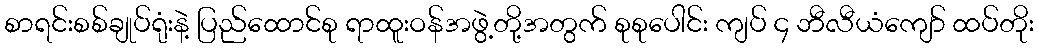
စာရင်းစစ်ချုပ်ရုံးနဲ့ ပြည်ထောင်စု ရာထူးဝန်အဖွဲ့တို့အတွက် စုစုပေါင်း ကျပ် ၄ ဘီလီယံကျော် ထပ်တိုး